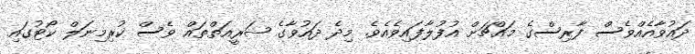
ދައުވާއެއްވެސް ފާރިސްގެ މައްޗަށް އުފުލާފައިވެއެވެ. މިދެ ދައުވާގެ ޝަރީއަތްތައް ވެސް ކުރިމިނަލް ކޯޓުގައި